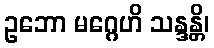
ဥဘော မဂ္ဂေဟိ သန္ဒန္တိ၊